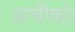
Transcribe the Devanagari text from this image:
हाचीको